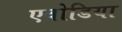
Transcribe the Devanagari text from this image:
एवोडिया